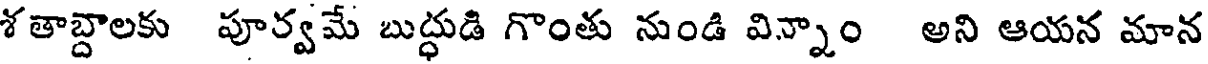
శతాబ్దాలకు పూర్వమే బుద్ధుడి గొంతు నుండి విన్నాం అని ఆయన మాన